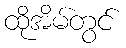
ထိုအိမ်တွင်